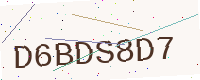
Text: D6BDS8D7